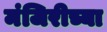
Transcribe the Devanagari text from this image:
मंजिरीच्या